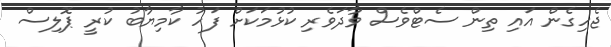
ޖެހިގެން އައި ތިން ސެޓްވެސް ވާދަވެރި ކުޅުމަކަށް ފަހު ކާމިޔާބު ކުރީ ޕޮލިސް